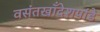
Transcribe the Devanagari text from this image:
वसंतखाँदेशपांडे